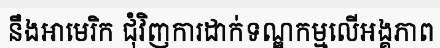
នឹងអាមេរិក ជុំវិញការដាក់ទណ្ឌកម្មលើអង្គភាព